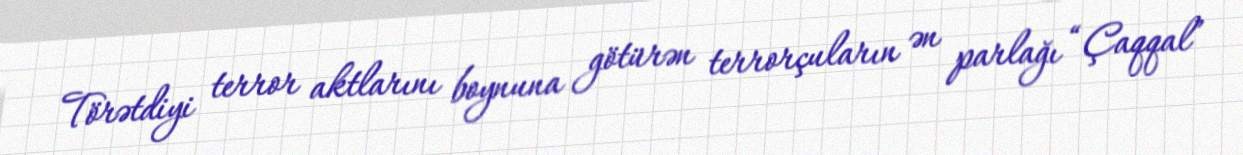
Törətdiyi terror aktlarını boynuna götürən terrorçuların ən parlağı “Çaqqal”